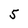
Character: 5